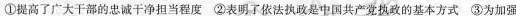
①提高了广大干部的忠诚干净担当程度②表明了依法执政是中国共产党执政的基本方式③为加强